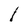
Character: l